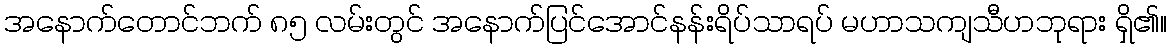
အနောက်တောင်ဘက် ၈၅ လမ်းတွင် အနောက်ပြင်အောင်နန်းရိပ်သာရပ် မဟာသကျသီဟဘုရား ရှိ၏။